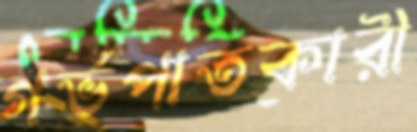
গর্ভপাতকারী